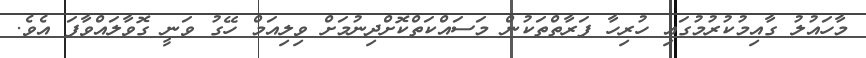
މާހައުލު ގާއިމުކުރުމުގައި ހުރިހާ ފަރާތްތަކުން މަސައްކަތްކޮށްދިނުމަށް ވިލިއަމް ހޭގު ވަނީ ގޮވާލައްވާފަ އެވެ.